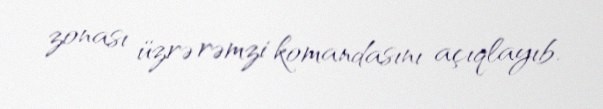
zonası üzrə rəmzi komandasını açıqlayıb.